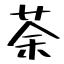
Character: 荼